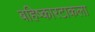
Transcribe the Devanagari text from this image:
बहिष्कारटाकला